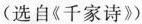
（选自《千家诗》)